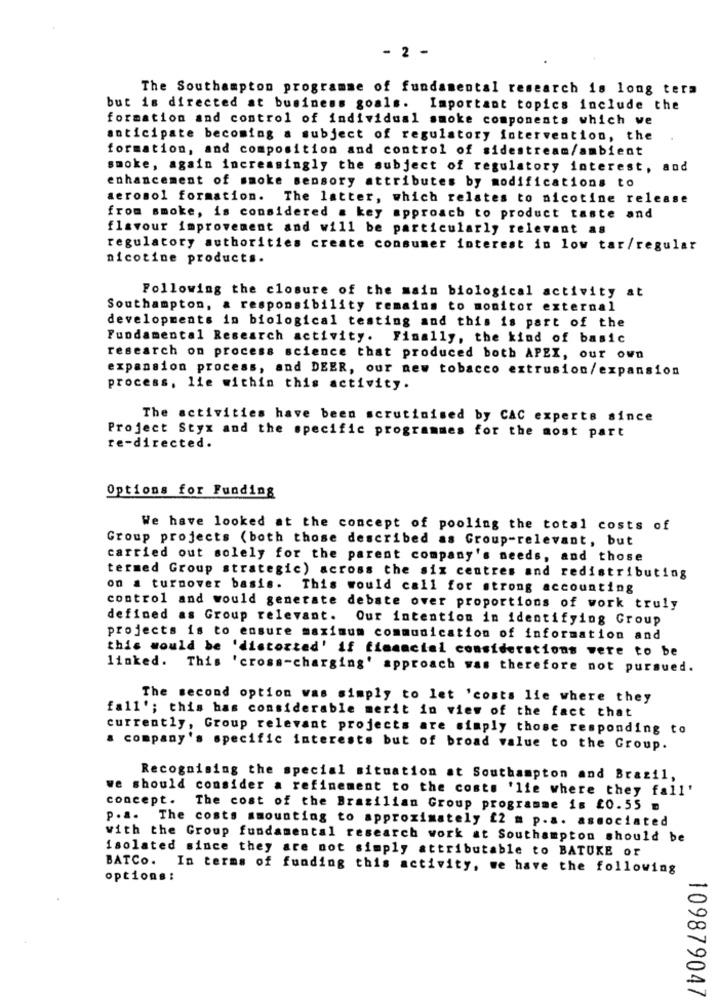
- 2 -
The Southampton programme of fundamental research is long term
but is directed at business goals. Important topics include the
formation and control of individual smoke components which we
anticipate becoming a subject of regulatory intervention, the
formation, and composition and control of sidestream/ambient
smoke, again increasingly the subject of regulatory interest, and
enhancement of smoke sensory attributes by modifications to
aerosol formation. The latter, which relates to nicotine release
from smoke, is considered a key approach to product taste and
flavour improvement and will be particularly relevant as
regulatory authorities create consumer interest in low tar/regular
nicotine products.
Following the closure of the main biological activity at
Southampton, a responsibility remains to monitor external
developments in biological testing and this is part of the
Fundamental Research activity. Finally, the kind of basic
research on process science that produced both APEX, our own
expansion process, and DEER, our new tobacco extrusion/expansion
process, lie within this activity.
The activities have been scrutinised by CAC experts since
Project Styx and the specific programmes for the most part
re-directed.
Options for Funding
We have looked at the concept of pooling the total costs of
Group projects (both those described as Group-relevant, but
carried out solely for the parent company's needs, and those
termed Group strategic) across the six centres and redistributing
on a turnover basis. This would call for strong accounting
control and would generate debate over proportions of work truly
defined as Group relevant.
Our intention in identifying Group
projects is to ensure maximum communication of information and
this would be 'distorted' if financial considerations were to be
linked. This 'cross-charging' approach was therefore not pursued.
The second option was simply to let 'costs lie where they
fall'; this has considerable merit in view of the fact that
currently, Group relevant projects are simply those responding to
a company's specific interests but of broad value to the Group.
Recognising the special situation at Southampton and Brazil,
we should consider a refinement to the costs 'lie where they fall'
concept. The cost of the Brazilian Group programme is £0.55
p.a. The costs mmounting to approximately £2 m p.a. associated
with the Group fundamental research work at Southampton should be
isolated since they are not simply attributable to BATUKE or
BATCO.
In terms of funding this activity, we have the following
options :
109879047